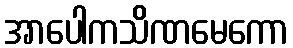
အာပေါကသိဏမေကော